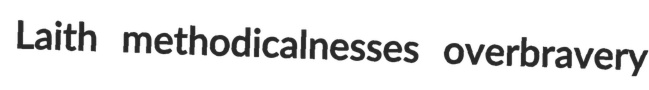
Laith methodicalnesses overbravery